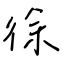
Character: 徐